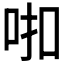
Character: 𰇗